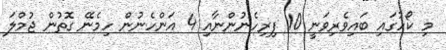
މި ކޯހުގައި ބައިވެރިވަނީ 10 ފިރިހެނުންނާއި 4 އަންހެނުން ހިމެނޭ ގޮތުން ޖުމްލަ